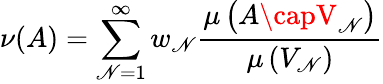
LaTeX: \nu(A)=\sum_{\mathscr{N}=1}^{\infty}w_{\mathscr{N}}{\frac{{\mu\left(A\capV_{\mathscr{N}}\right)}}{{\mu\left(V_{\mathscr{N}}\right)}}}